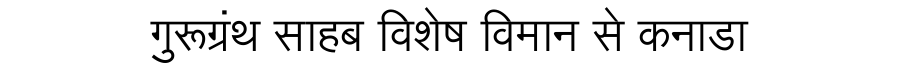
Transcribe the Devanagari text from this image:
गुरूग्रंथ साहब विशेष विमान से कनाडा